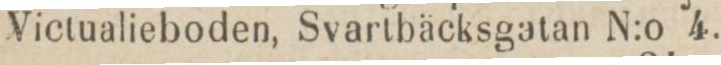
Victualieboden, Svartbäcksgatan N:o 4.